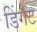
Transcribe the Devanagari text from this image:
डिंगेट